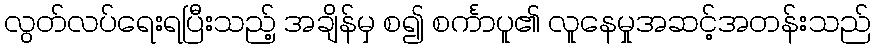
လွတ်လပ်ရေးရပြီးသည့် အချိန်မှ စ၍ စင်္ကာပူ၏ လူနေမှုအဆင့်အတန်းသည်